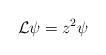
LaTeX: \begin{align*}\mathcal L \psi = z^2 \psi\end{align*}